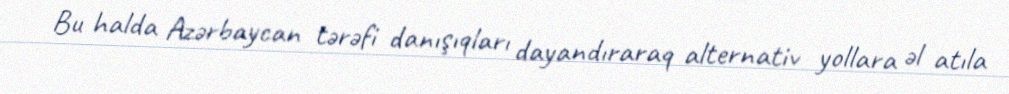
Bu halda Azərbaycan tərəfi danışıqları dayandıraraq alternativ yollara əl atıla